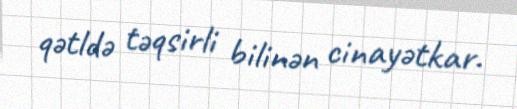
qətldə təqsirli bilinən cinayətkar.